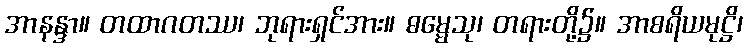
အာနန္ဒာ။ တထာဂတဿ၊ ဘုရားရှင်အား။ ဓမ္မေသု၊ တရားတို့၌။ အာစရိယမုဋ္ဌိ၊